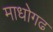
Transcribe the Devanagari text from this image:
माधोगढ